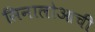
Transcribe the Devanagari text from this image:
सिनालोआची